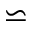
\backsimeq